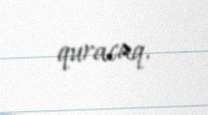
quracaq.